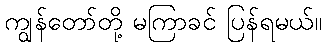
ကျွန်တော်တို့ မကြာခင် ပြန်ရမယ်။